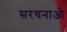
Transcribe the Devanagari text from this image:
सरचनाओ